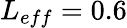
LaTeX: L_{eff}=0.6